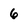
Character: 6